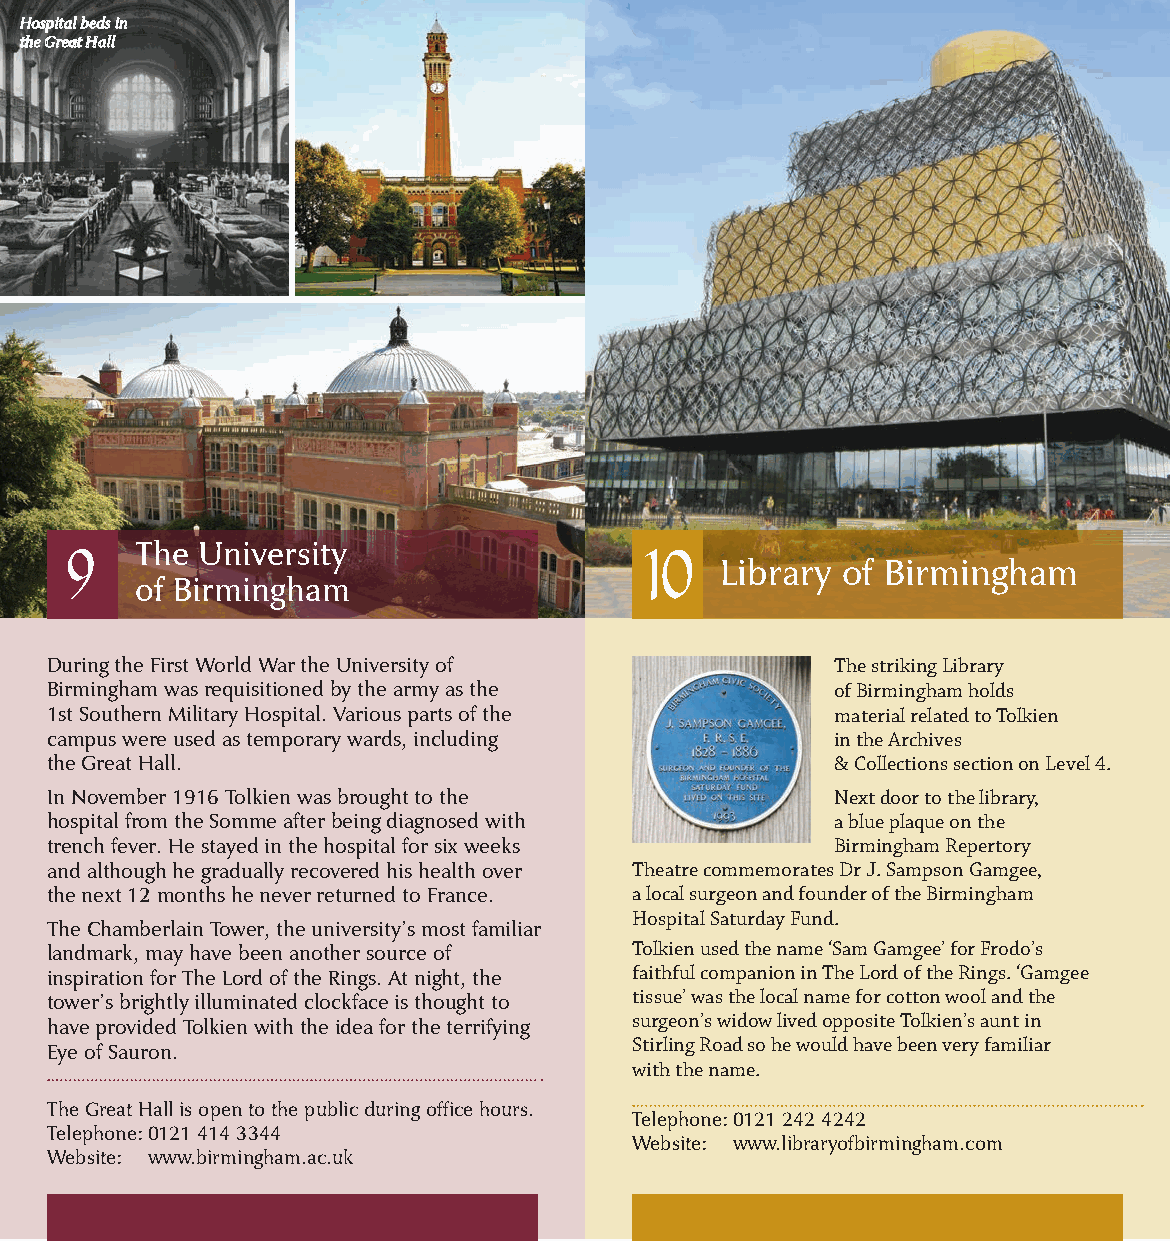
Hospital beds in
 the Great Hall
 The University
 Library of Birmingham
 of Birmingham
 9                                      10
 During the First World War the University of        The striking Library
 Birmingham was requisitioned by the army as the     of Birmingham holds
 1st Southern Military Hospital. Various parts of the material related to Tolkien
 campus were used as temporary wards, including      in the Archives
 the Great Hall.                                     & Collections section on Level 4.
 In November 1916 Tolkien was brought to the         Next door to the library,
 hospital from the Somme after being diagnosed with  a blue plaque on the
 trench fever. He stayed in the hospital for six weeks Birmingham Repertory
 and although he gradually recovered his health over Theatre commemorates Dr J. Sampson Gamgee,
 the next 12 months he never returned to France. a local surgeon and founder of the Birmingham
 Hospital Saturday Fund.
 The Chamberlain Tower, the university’s most familiar
 landmark, may have been another source of Tolkien used the name ‘Sam Gamgee’ for Frodo’s
 inspiration for The Lord of the Rings. At night, the faithful companion in The Lord of the Rings. ‘Gamgee
 tower’s brightly illuminated clockface is thought to tissue’ was the local name for cotton wool and the
 have provided Tolkien with the idea for the terrifying surgeon’s widow lived opposite Tolkien’s aunt in
 Eye of Sauron.                         Stirling Road so he would have been very familiar
 with the name.
 The Great Hall is open to the public during office hours.
 Telephone: 0121 242 4242
 Telephone: 0121 414 3344
 Website: www.libraryofbirmingham.com
 Website: www.birmingham.ac.uk